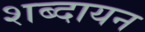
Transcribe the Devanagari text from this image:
शब्दायन